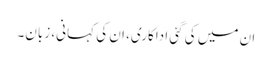
ان میں کی گئی اداکاری، ان کی کہانی، زبان۔